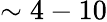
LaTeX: \sim 4-10